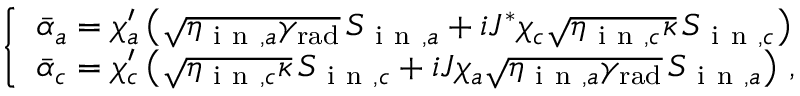
\begin{array} { r } { \left\{ \begin{array} { l l } { \bar { \alpha } _ { a } = \chi _ { a } ^ { \prime } \left( \sqrt { \eta _ { \mathrm { ~ i ~ n ~ } , a } \gamma _ { \mathrm { r a d } } } \, S _ { \mathrm { ~ i ~ n ~ } , a } + i J ^ { * } \chi _ { c } \sqrt { \eta _ { \mathrm { ~ i ~ n ~ } , c } \kappa } \, S _ { \mathrm { ~ i ~ n ~ } , c } \right) } \\ { \bar { \alpha } _ { c } = \chi _ { c } ^ { \prime } \left( \sqrt { \eta _ { \mathrm { ~ i ~ n ~ } , c } \kappa } \, S _ { \mathrm { ~ i ~ n ~ } , c } + i J \chi _ { a } \sqrt { \eta _ { \mathrm { ~ i ~ n ~ } , a } \gamma _ { \mathrm { r a d } } } \, S _ { \mathrm { ~ i ~ n ~ } , a } \right) \, , } \end{array} \right. } \end{array}